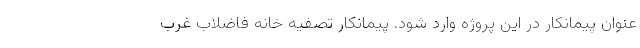
عنوان پیمانکار در این پروژه وارد شود. پیمانکار تصفیه خانه فاضلاب غرب